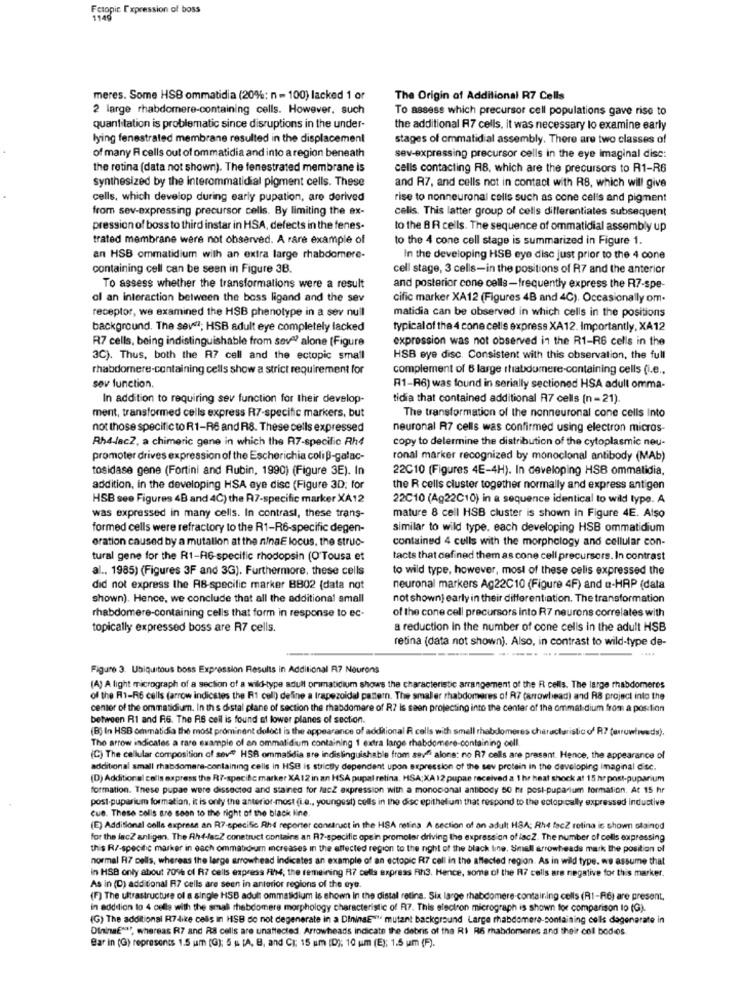
Fetopic Expression of boss
1140
meres. Some HSB ommatidia (20%: n = 100) lacked 1 or
The Origin of Additional R7 Cells
2 large rhabdomere-containing cells. However, such
To assess which precursor cell populations gave rise to
quantitation is problematic since disruptions in the under-
the additional R7 cells, it was necessary lo examine early
lying fenestrated membrane resulted in the displacement
stages of ommatidial assembly. There are two classes of
of many R cells out of ommatidia and into a region beneath
sev-expressing precursor cells in the eye imaginal dise:
the retina (data not shown). The fenestrated membrane is
cells contacting R8, which are the precursors to R1-R6
Synthesized by the interommatidial pigment cells. These
and R7, and cells not in contact with RS, which will give
cells, which develop during early pupation, are derived
rise to nonneuronal cells such as cone celis and pigment
from sev-expressing precursor cells. By limiting the ex-
celis. This latter group of cells differentiates subsequent
pression of boss to third instar in HSA, defects in the fenes-
to the 8 R cells. The sequence of ommatidial assembly up
trated membrane were not observed. A rare example of
to the 4 cone cell stage is summarized in Figure 1.
an HSB ommatidium with an extra large rhabdomere-
In the developing HSB eye disc just prior to the 4 cone
containing cell can be seen in Figure 3B.
cell stage, 3 cells-in the positions of R7 and the anterior
To assess whether the transformations were a result
and posterior cone celle-frequently express the R7-spe
ol an interaction between the boss ligand and the sev
cific marker XA12 (Figures 4B and 4C). Occasionally om.
receptor, we examined the HSB phenotype in a ser null
matidia can be observed in which cells in the positions
background. The sevel; HSB adult eye completely lacked
typical of the 4 cone cells express XA12. Importantly, XA 12
R7 cells, being indistinguishable from sove? alone (Figure
expression was not observed in the R1-RG cells in the
3C). Thus, both the R7 cell and the ectopic small
HSB eye disc. Consistent with this observation, the full
rhabdomere-containing cells show a strict requirement for
complement of 6 large stabdumere-containing cells (i.e .,
sev function.
R1-R6) was found in serially sectioned HSA adull omma-
In addition to requiring sev function for their develop-
tidia that contained additional R7 cells (n =21).
ment, transformed cells express R7-specific markers, but
The transformation of the nonneuronal cone cells Into
not those specific to R1-R6 and R8. These cells expressed
neuronal R7 cells was confirmed using electron micros
Rh4-lac2, a chimeric gene in which the R7-specific Rh4
copy to determine the distribution of the cytoplasmic neu-
promoter drives expression of the Escherichia coli B-galac-
ronal marker recognized by monoclonal antibody (MAb)
tosidase gene (Fortini and Rubin, 1990) (Figure 3E). In
22C10 (Figures 4E-4H). In developing HSB ommatidia,
addition, in the developing HSA aye disc (Figure 3D; for
the R cells cluster together normally and express antigen
HSB see Figures 4B and 4C) the R7-specific marker XA12
22C10 (Ag22C10) in a sequence identical to wild type. A
was expressed in many cells. In contrast, these trans-
mature 8 cell HSB cluster is shown in Figure 4E. Also
formed cells were refractory to the R1-R6-specific degen-
similar to wild type. each developing HSB ommatidium
eration caused by a mutation at the ninaE locus. the struc-
contained 4 culls with the morphology and cellular con-
tural gene for the R1-RG-specific rhodopsin (O'Tousa et
tacts that defined them as cone cell precursors. In contrast
al ., 1985) (Figures 3F and 3G). Furthermore, these cells
to wild type, however, most of these celis expressed the
did not express the AB-specific marker BB02 (data not
neuronal markers Ag22C10 (Figure 4F) and a-HAP (data
shown). Hence, we conclude that all the additional small
not shown] early in their differentiation. The transformation
rhabdomere-containing cells that form in response to ec-
of the cone cell precursors into R7 neurons correlates with
topically expressed boss are R7 cells.
a reduction in the number of cone cells in the adult HSB
retina (data not shown). Also, in contrast to wild-type de-
Figure 3. Ubiquitous boss Expression Results in Additional R7 Neurons
(A) A light micrograph of a section of a wild-type adull primatidium shows the characteristic arrangement of the R cells. The large rhabdomeres
of the R1-R6 cells (arrow indicates the R1 cell) define a trapezoidal pattern. The smaller rhabdomeres of R7 (arrowhead) and R8 project into the
center of the ommatidium. In this distal plane of section the rhabdomere of R7 is seen projecting into the center of the ommal dium from a position
between RI and R6. The AS ceil is found at lower planes of section.
(B) In HSB ommatidia the most prominent defect is the appearance of additional R calls with smell rhabdomeres characteristic of R7 (arrowwveds).
The arrow indicates a rare example of an ommalidium containing 1 extra large rhabdomere-containing oell.
(C) The cellular composition of seve? HSB ommasidia are indistinguishable from seve alone: no R7 cells are present. Hence, the appearance of
additional small rhabdomere-containing cells in HSB is strictly dependent upon expression of the sev protein in the developing imaginal dise.
(D) Additional calls express the R7-specific marker XA12 in an HSA pupal retina. HSA;XA 12 pupae received a 1 hr heat shock at 15 hr post-puparium
formation. These pupae were dissected and stained for MacZ expression with a monocional antibody 50 m post-puparium formation. At 15 hr
post puparium formation, it is only the anterior-most (i.e ., youngest) cells in the disc epithelium that respond to the ectop cally expressed inductive
cue. These solis are soon to the right of the black line.
(E) Additional cells express an R7-specific Rh reporter construct in the HSA retina A section of an adult HBA; Rhe facZ retina is shown stainod
for the lacZ anligen. The Ahd-fasZ construct contains an R7-specific opein promoter driving the expression of lacZ. The number of cells expressing
this R/-specific marker in each ommationum increases in the affected region to the night of the black line. Smell arrowheads mark the position of
normal RI7 cells, whereas the large arrowhead Indicates an example of an ectopic R7 cell in the affected region. As in wild type. we assume that
in HSB only about 709% of R7 cells express FIM, the remaining R7 cells express Rh3. Hence, some of the R7 cells are negative for this marker.
As in (D) additional R7 cells are seen in anterior regions of the eye.
(F) The ultrastructure of a single HSB adult ommasidium is shown in the distal retina. Six large rhabdomere-containing cells (R1-R6) are present,
in addition to 4 cells with the small mhebdomere morphology characteristic of R77. This electron micrograph is shown for comparison lo (G).
(G) The additional R7-like cells in HSB do not degenerate in a DiningE""" mutant background Large rhabdomera-containing cells dagenerate in
DininaE""", whereas R7 and RS cells are unaffected. Arrowheads indicate the debris of the RI R6 mabdomenes and their col bodes.
Bar in (G) represents 1.5 um (G); 5 # [A, B, and CI; 15 um (D); 10 um (E); 1.5 um (F).